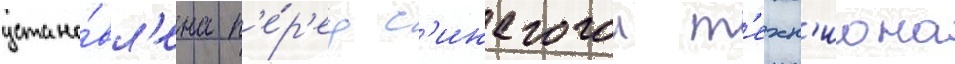
устано́вл'ена п'е́р'ед с'инагогои т'ехн'иона